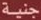
جنية